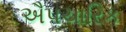
ઐપચારિક